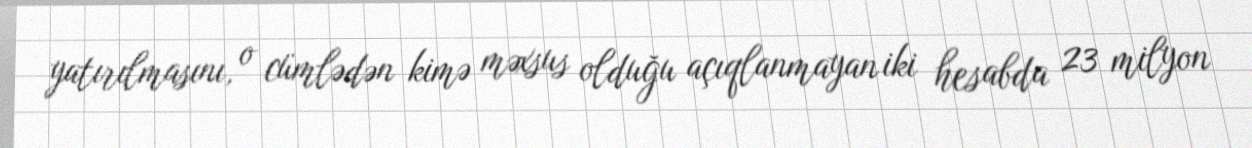
yatırılmasını, o cümlədən kimə məxsus olduğu açıqlanmayan iki hesabda 23 milyon